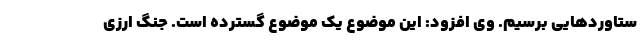
ستاورد‌هایی برسیم. وی افزود: این موضوع یک موضوع گسترده است. جنگ ارزی